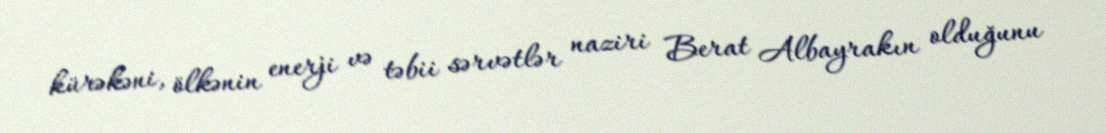
kürəkəni, ölkənin enerji və təbii sərvətlər naziri Berat Albayrakın olduğunu